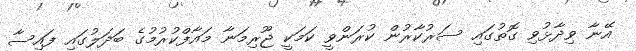
އޭނާ ވިދާޅުވި ގޮތުގައި ސަރުކާރުން ކުރަންވީ ކަމަކީ ޖޫރިމަނާ މައާފްކުރުމުގެ ބަދަލުގައި ފައިސާ